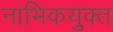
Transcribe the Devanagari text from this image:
नाभिकयुक्त